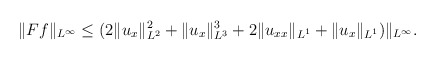
\begin{align*}\begin{aligned}\|Ff\|_{L^\infty} \leq (2\|u_{x}\|^2_{L^2}+\|u_x\|^3_{L^3}+2\|u_{xx}\|_{L^1}+\|u_{x}\|_{L^1})\|_{L^{\infty}}.\end{aligned}\end{align*}